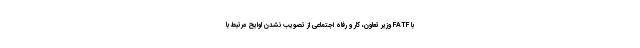
با FATF وزیر تعاون، کار و رفاه اجتماعی از تصویب نشدن لوایح مرتبط با